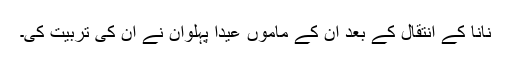
نانا کے انتقال کے بعد ان کے ماموں عیدا پہلوان نے ان کی تربیت کی۔